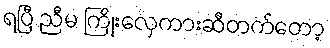
ရပြီ ညီမ ကြိုးလှေကားဆီတက်တော့